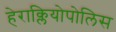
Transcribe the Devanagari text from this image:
हेराक्लियोपोलिस